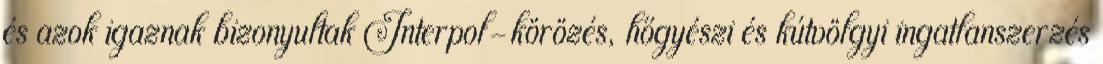
és azok igaznak bizonyultak Interpol-körözés, hőgyészi és kútvölgyi ingatlanszerzés